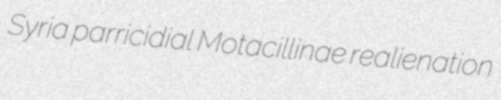
Syria parricidial Motacillinae realienation